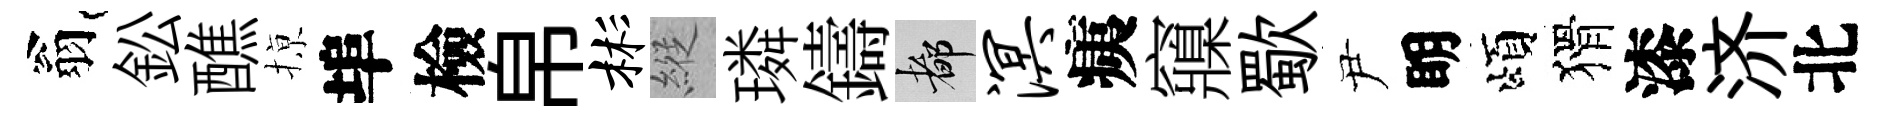
翁鈆醮𢱊埠檢帛彬縱璘鑄都溟痍䆿歜尹眀頌猾漆济北